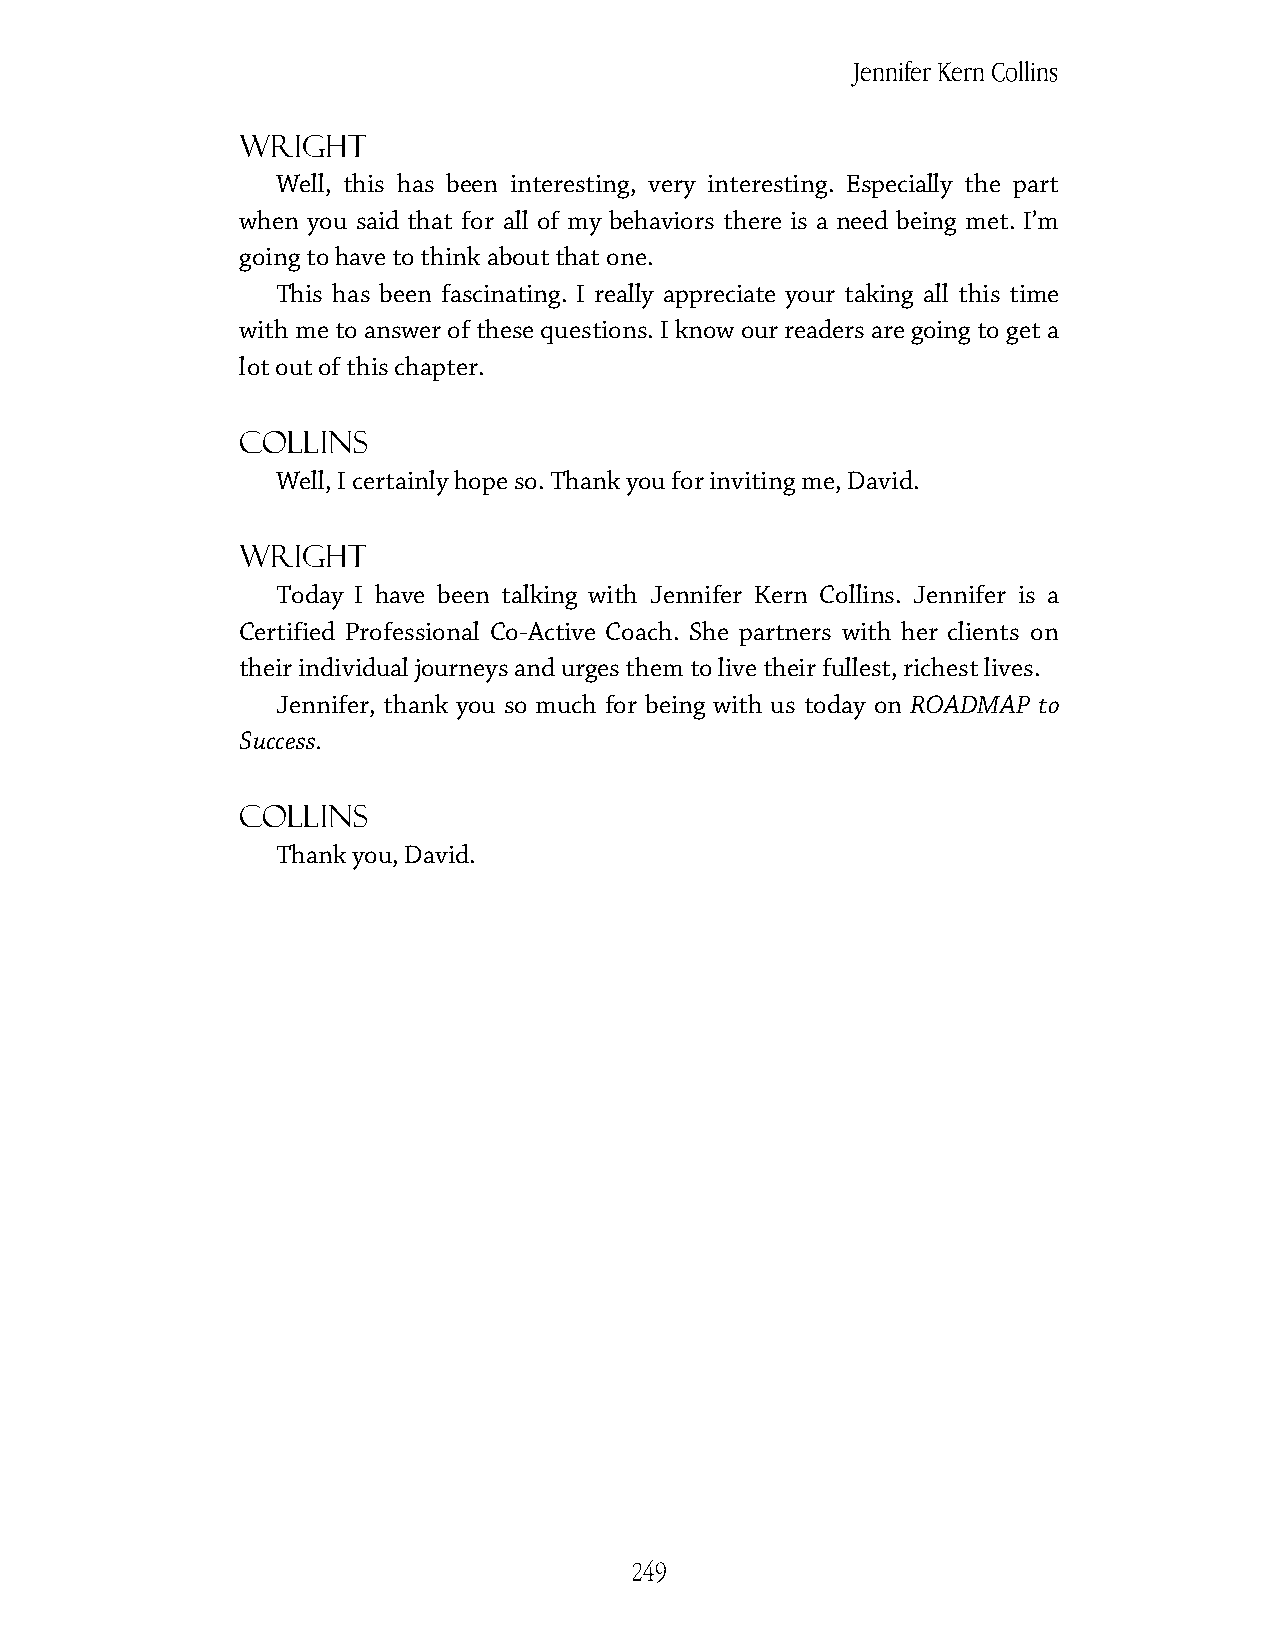
Jennifer Kern Collins
 Wright
 Well, this has been interesting, very interesting. Especially the part
 when you said that for all of my behaviors there is a need being met. I’m
 going to have to think about that one.
 This has been fascinating. I really appreciate your taking all this time
 with me to answer of these questions. I know our readers are going to get a
 lot out of this chapter.
 Collins
 Well, I certainly hope so. Thank you for inviting me, David.
 Wright
 Today I have been talking with Jennifer Kern Collins. Jennifer is a
 Certified Professional Co-Active Coach. She partners with her clients on
 their individual journeys and urges them to live their fullest, richest lives.
 Jennifer, thank you so much for being with us today on ROADMAP to
 Success.
 Collins
 Thank you, David.
 249